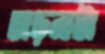
তাড়নাটা